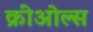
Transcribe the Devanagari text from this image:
क्रीओल्स